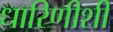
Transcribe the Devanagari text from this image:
धारिणीशी